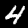
Label: 4